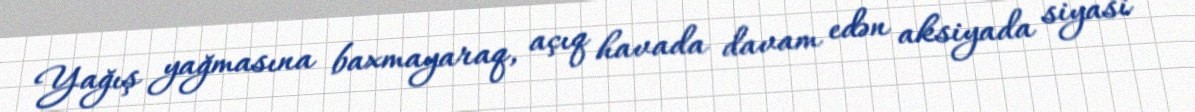
Yağış yağmasına baxmayaraq, açıq havada davam edən aksiyada siyasi